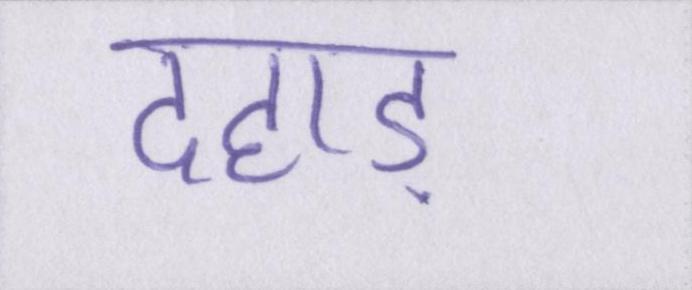
दहाड़